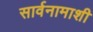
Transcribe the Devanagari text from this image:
सार्वनामाशी